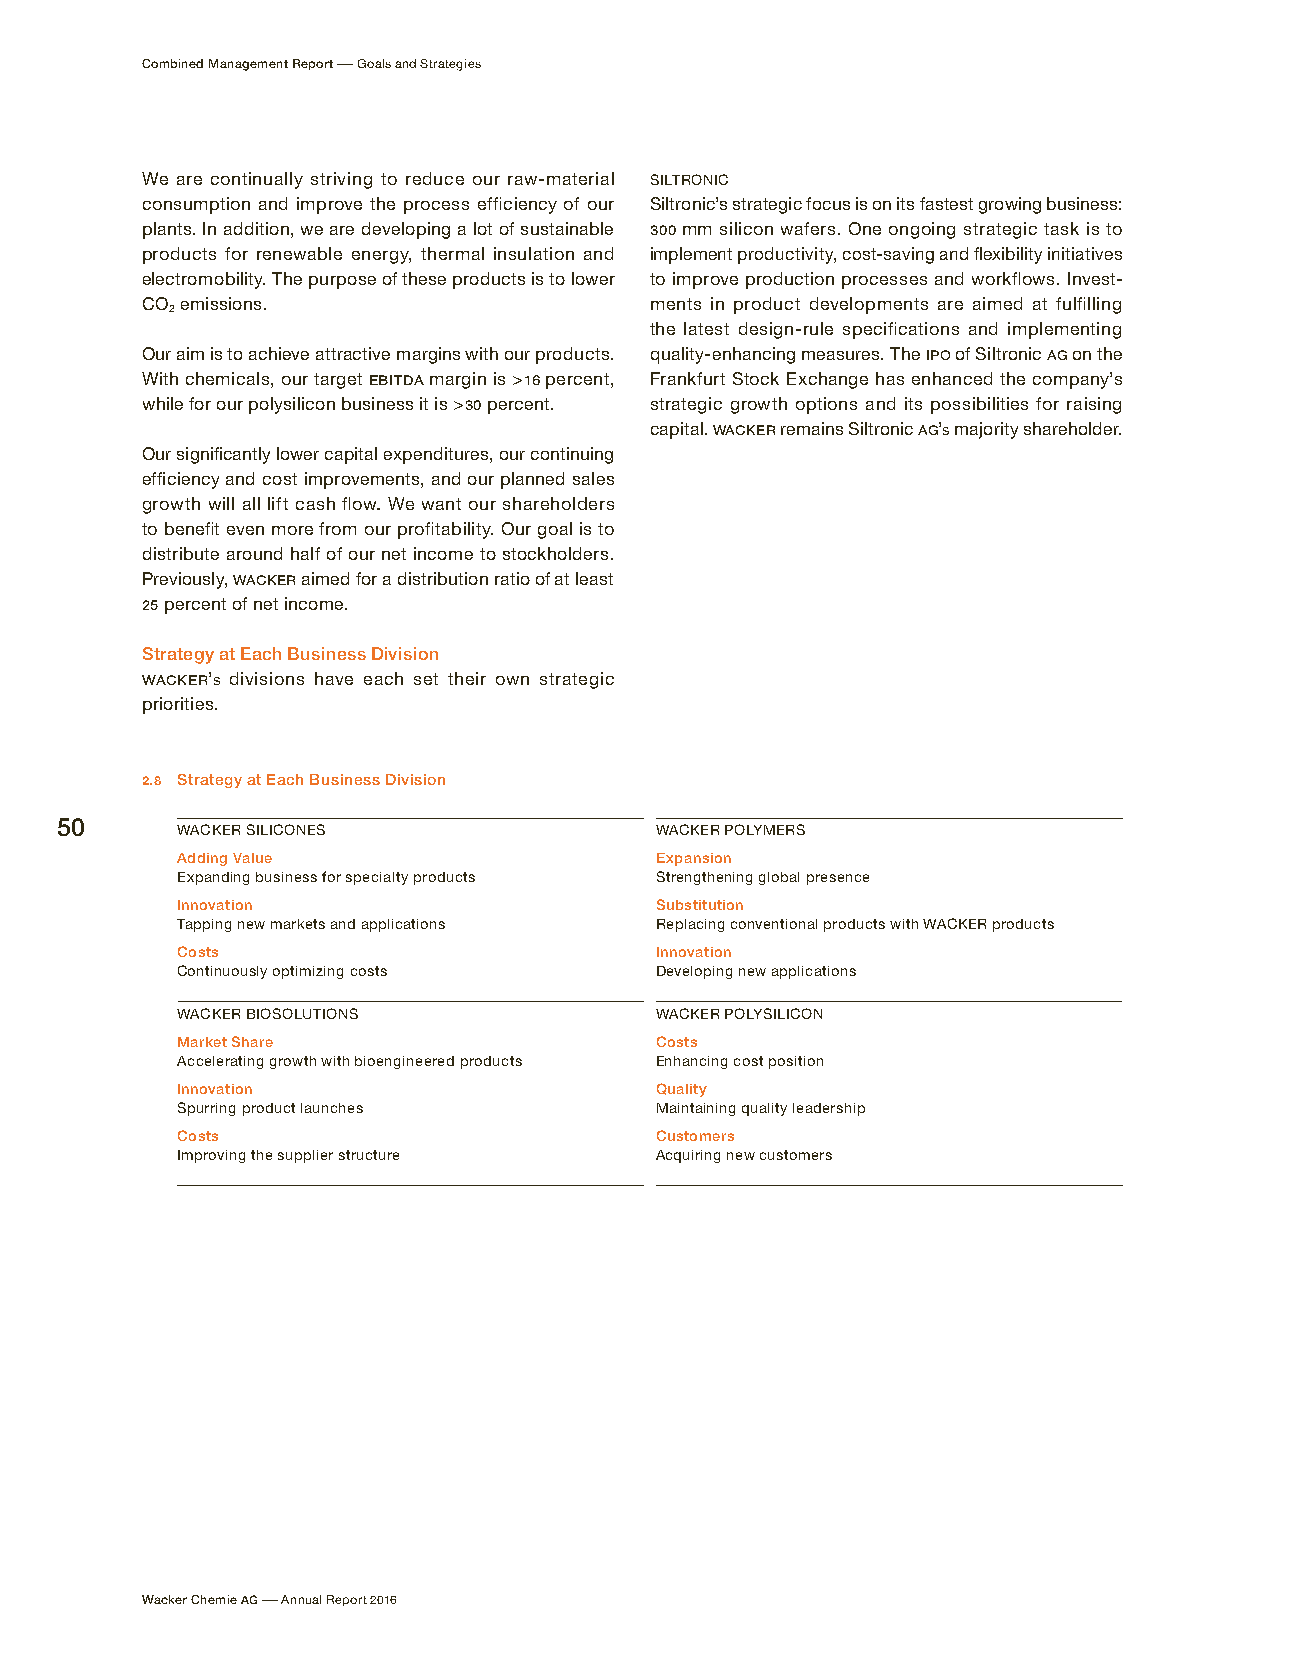
Combined Management Report – Goals and Strategies
 We are continually striving to reduce our raw-material SILTRONIC
 consumption and improve the process efficiency of our Siltronic’s strategic focus is on its fastest growing business:
 plants. In addition, we are developing a lot of sustainable 300 mm silicon wafers. One ongoing strategic task is to
 products for renewable energy, thermal insulation and implement productivity, cost-saving and flexibility initiatives
 electromobility. The purpose of these products is to lower to improve production processes and workflows. Invest-
 CO emissions.                     ments in product developments are aimed at fulfilling
 2
 the latest design-rule specifications and implementing
 Our aim is to achieve attractive margins with our products. quality-enhancing measures. The IPO of Siltronic AG on the
 With chemicals, our target EBITDA margin is > 16 percent, Frankfurt Stock Exchange has enhanced the company’s
 while for our polysilicon business it is > 30 percent. strategic growth options and its possibilities for raising
 capital. WACKER remains Siltronic AG’s majority shareholder.
 Our significantly lower capital expenditures, our continuing
 efficiency and cost improvements, and our planned sales
 growth will all lift cash flow. We want our shareholders
 to benefit even more from our profitability. Our goal is to
 distribute around half of our net income to stockholders.
 Previously, WACKER aimed for a distribution ratio of at least
 25 percent of net income.
 Strategy at Each Business Division
 WACKER’s divisions have each set their own strategic
 priorities.
 2.8 Strategy at Each Business Division
 50
 WACKER SILICONES               WACKER POLYMERS
 Adding Value                   Expansion
 Expanding business for specialty products Strengthening global presence
 Innovation                     Substitution
 Tapping new markets and applications Replacing conventional products with WACKER products
 Costs                          Innovation
 Continuously optimizing costs  Developing new applications
 WACKER BIOSOLUTIONS            WACKER POLYSILICON
 Market Share                   Costs
 Accelerating growth with bioengineered products Enhancing cost position
 Innovation                     Quality
 Spurring product launches      Maintaining quality leadership
 Costs                          Customers
 Improving the supplier structure Acquiring new customers
 Wacker Chemie AG – Annual Report 2016